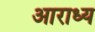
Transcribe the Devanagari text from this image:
अाराध्य